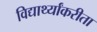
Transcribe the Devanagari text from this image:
विद्यार्थ्यांकरीता